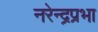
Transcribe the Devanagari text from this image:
नरेन्द्रप्रभा